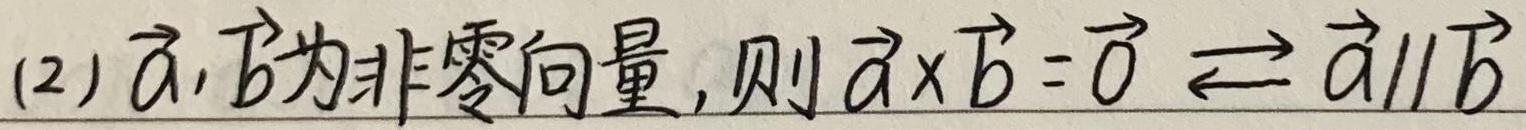
(2) \(\vec{a},\vec{b}\)为非零向量，则\(\vec{a} \times \vec{b} = \vec{0} \Longleftrightarrow \vec{a} \parallel \vec{b}\)